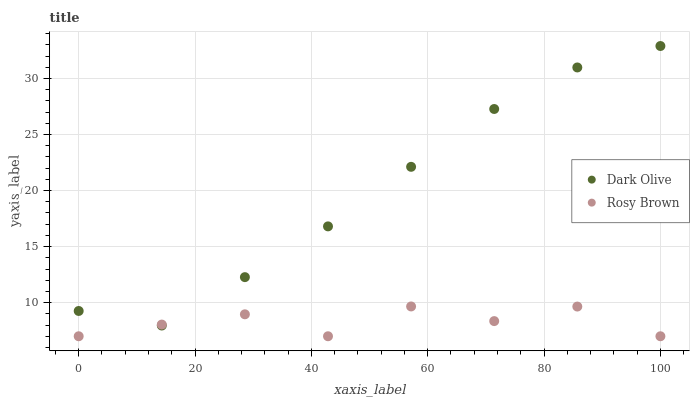
| xaxis_label | Dark Olive | Rosy Brown |
 | --- | --- | --- |
 | 0 | 9.26 | 7 |
 | 14.3 | 7.96 | 8.04 |
 | 28.6 | 12.3 | 8.96 |
 | 42.9 | 16.8 | 7 |
 | 57.1 | 22.1 | 9.66 |
 | 71.4 | 27.3 | 8.35 |
 | 85.7 | 31 | 9.65 |
 | 100 | 32.9 | 7 |